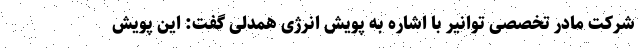
شرکت مادر تخصصی توانیر با اشاره به پویش انرژی همدلی گفت: این پویش